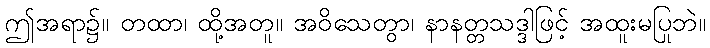
ဤအရာ၌။ တထာ၊ ထို့အတူ။ အဝိသေတွာ၊ နာနတ္တသဒ္ဒါဖြင့် အထူးမပြုဘဲ။